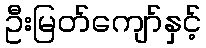
ဦးမြတ်ကျော်နှင့်